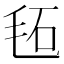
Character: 𣭏